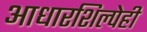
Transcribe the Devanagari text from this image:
आधारशिल्पेही